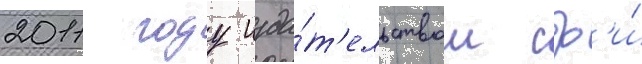
2011 году изда́т'ельством сф'и́